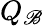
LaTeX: Q_{\mathscr{B}}